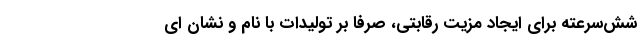
شش‌سرعته برای ایجاد مزیت رقابتی، صرفا بر تولیدات با نام و نشان ای